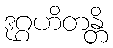
ဒုဂ္ဂဟိတန္တိ